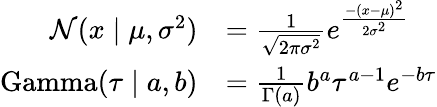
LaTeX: {\begin{array}{rl}{{\mathcal{N}}(x\mid\mu,\sigma^{2})}&{={\frac{1}{\sqrt{2\pi\sigma^{2}}}}e^{\frac{-(x-\mu)^{2}}{2\sigma^{2}}}}\\ {\operatorname{Gamma}(\tau\mid a,b)}&{={\frac{1}{\Gamma(a)}}b^{a}\tau^{a-1}e^{-b\tau}}\end{array}}